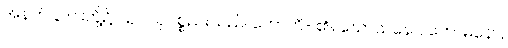
အနက် ၃ ပါးတို့၌၊ ယု- ယုပစ္စည်းသည်၊ ဟောတိ- ၏။ ဃောသနော, ကောဓနော,